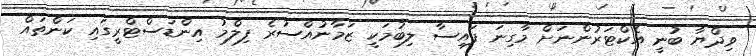
ވިދްޔާ ބުނީ އެކްޓަރުންނަށް މާގިނަ ފައިސާ ލިބުމަކީ ޒަމާނުއްސުރެ ފިލްމު އިންޑަސްޓްރީގައި ކަންތައް